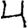
Digit: 4